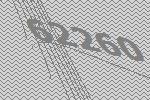
62260